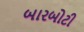
બારબોટી